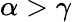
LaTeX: \alpha>\gamma